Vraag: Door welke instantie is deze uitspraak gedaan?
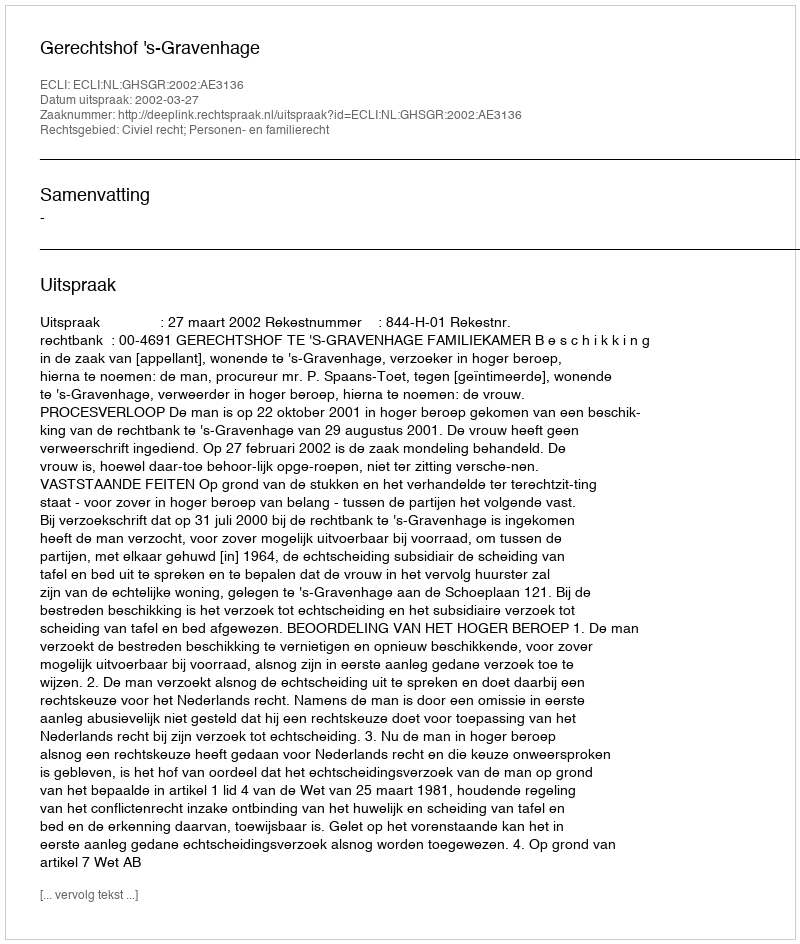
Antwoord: Gerechtshof 's-Gravenhage